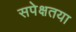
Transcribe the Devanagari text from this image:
सपेक्षतया